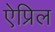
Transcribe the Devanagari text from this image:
ऐप्रिल